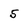
Character: 5